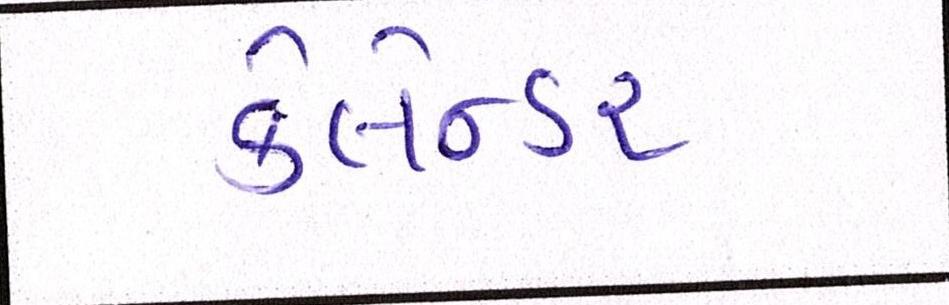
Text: કેલેન્ડર